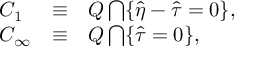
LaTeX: \begin{array} { l c l } { { { \cal C } _ { 1 } } } & { { \equiv } } & { { { \cal Q } \bigcap \{ \hat { \eta } - \hat { \tau } = 0 \} , } } \\ { { { \cal C } _ { \infty } } } & { { \equiv } } & { { { \cal Q } \bigcap \{ \hat { \tau } = 0 \} , } } \end{array}